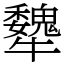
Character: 犩